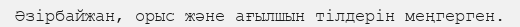
Әзірбайжан, орыс және ағылшын тілдерін меңгерген.